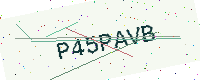
Text: P45PAVB